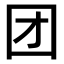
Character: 团